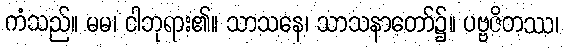
ကံသည်။ မမ၊ ငါဘုရား၏။ သာသနေ၊ သာသနာတော်၌။ ပဗ္ဗဇိတဿ၊